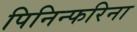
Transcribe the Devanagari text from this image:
पिनिन्फरिना